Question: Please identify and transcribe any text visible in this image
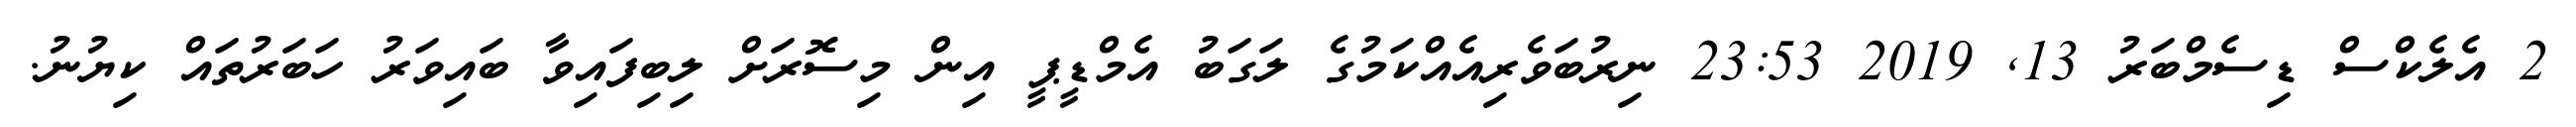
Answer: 2 އެލެކްސް ޑިސެމްބަރު 13, 2019 23:53 ނިރުބަވެރިއެއްކަމުގެ ލަގަބު އެމްޑީޕީ އިން މިސޮރަށް ލިބިފައިވާ ބައިވަރު ހަބަރުތައް ކިޔުނު.